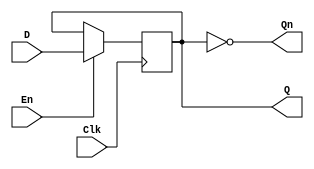
module edge_triggered_gated_latch (
    input wire D,     // Data Input
    input wire Clk,   // Clock signal
    input wire En,    // Enable signal
    output reg Q,     // Latched Output
    output wire Qn    // Complementary Output (optional)
);

    // Assign the complementary output
    assign Qn = ~Q;

    // Always block that triggers on the rising edge of Clock
    always @(posedge Clk) begin
        if (En) begin
            Q <= D;   // Capture the input when Enable is high
        end
        // If En is low, Q retains its previous value (latch behavior)
    end

endmodule